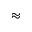
\approx